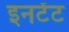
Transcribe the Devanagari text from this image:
इनटेंट